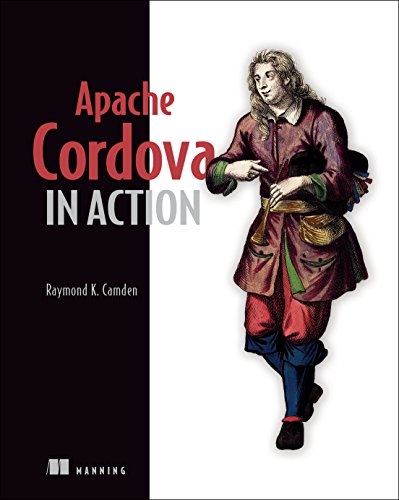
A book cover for Apache Cordova in Action; Raymond K. Camden; Computers & Technology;